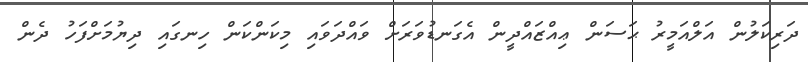
ދަރިކަލުން އަލްއަމީރު ޙަސަން ޢިއްޒައްދީން އެގަނޑުވަރަށް ވައްދަވައި މިކަންކަން ހިނގައި ދިޔުމަށްފަހު ދެން